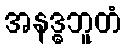
အနဒ္ဓဘူတံ